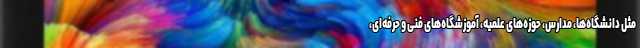
مثل دانشگاه‌ها، مدارس، حوزه‌های علمیه، آموزشگاه‌های فنی و حرفه‌ای،